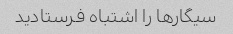
سیگار‌ها را اشتباه فرستادید